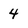
Character: 4